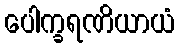
ပေါက္ခရဏိယာယံ